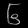
Digit: ၆